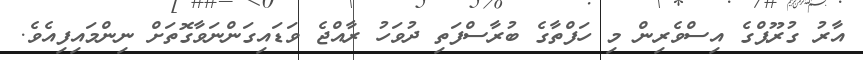
އާރު ގުރޫޕްގެ އިސްވެރިން މި ހަފްތާގެ ބުރާސްފަތި ދުވަހު ރާއްޖެ ވަޑައިގަންނަވާގޮތަށް ނިންމައިފިއެވެ.